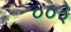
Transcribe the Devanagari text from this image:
००३